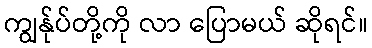
ကျွန်ုပ်တို့ကို လာ ပြောမယ် ဆိုရင်။